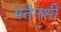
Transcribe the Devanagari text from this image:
पतेनशी